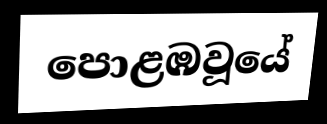
පොළඹවූයේ